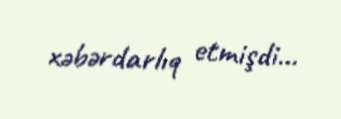
xəbərdarlıq etmişdi...